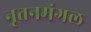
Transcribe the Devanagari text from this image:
नूतनमंगल